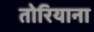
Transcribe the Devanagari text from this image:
तोरियाना